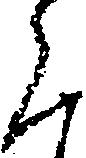
く